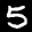
Label: 5